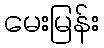
မေးမြန်း